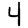
Digit: 4